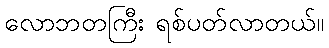
လောဘတကြီး ရစ်ပတ်လာတယ်။